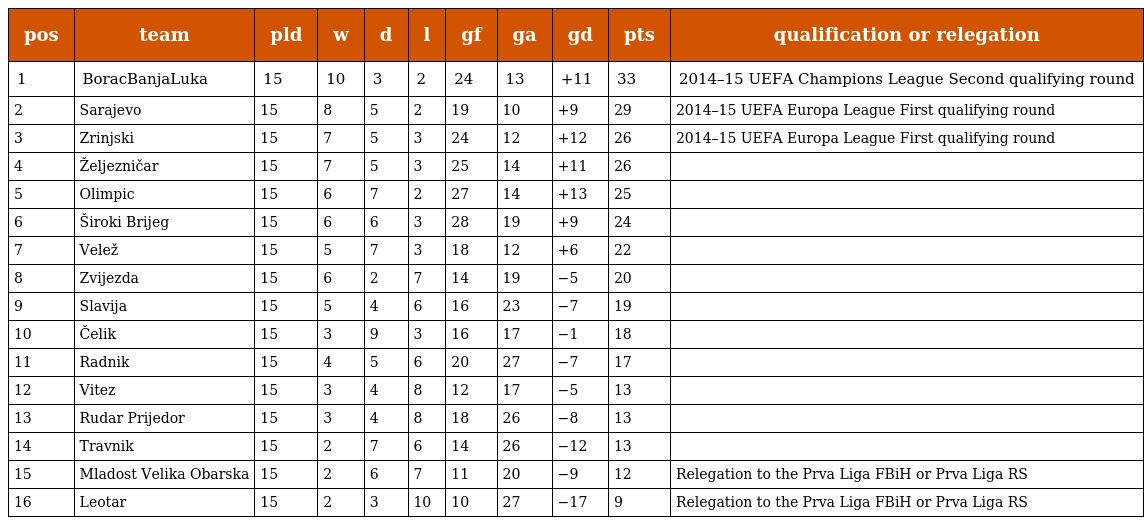
| pos | team | pld | w | d | l | gf | ga | gd | pts | qualification or relegation |
 | --- | --- | --- | --- | --- | --- | --- | --- | --- | --- | --- |
 | 1 | BoracBanjaLuka | 15 | 10 | 3 | 2 | 24 | 13 | +11 | 33 | 2014–15 UEFA Champions League Second qualifying round |
 | 2 | Sarajevo | 15 | 8 | 5 | 2 | 19 | 10 | +9 | 29 | 2014–15 UEFA Europa League First qualifying round |
 | 3 | Zrinjski | 15 | 7 | 5 | 3 | 24 | 12 | +12 | 26 | 2014–15 UEFA Europa League First qualifying round |
 | 4 | Željezničar | 15 | 7 | 5 | 3 | 25 | 14 | +11 | 26 |  |
 | 5 | Olimpic | 15 | 6 | 7 | 2 | 27 | 14 | +13 | 25 |  |
 | 6 | Široki Brijeg | 15 | 6 | 6 | 3 | 28 | 19 | +9 | 24 |  |
 | 7 | Velež | 15 | 5 | 7 | 3 | 18 | 12 | +6 | 22 |  |
 | 8 | Zvijezda | 15 | 6 | 2 | 7 | 14 | 19 | −5 | 20 |  |
 | 9 | Slavija | 15 | 5 | 4 | 6 | 16 | 23 | −7 | 19 |  |
 | 10 | Čelik | 15 | 3 | 9 | 3 | 16 | 17 | −1 | 18 |  |
 | 11 | Radnik | 15 | 4 | 5 | 6 | 20 | 27 | −7 | 17 |  |
 | 12 | Vitez | 15 | 3 | 4 | 8 | 12 | 17 | −5 | 13 |  |
 | 13 | Rudar Prijedor | 15 | 3 | 4 | 8 | 18 | 26 | −8 | 13 |  |
 | 14 | Travnik | 15 | 2 | 7 | 6 | 14 | 26 | −12 | 13 |  |
 | 15 | Mladost Velika Obarska | 15 | 2 | 6 | 7 | 11 | 20 | −9 | 12 | Relegation to the Prva Liga FBiH or Prva Liga RS |
 | 16 | Leotar | 15 | 2 | 3 | 10 | 10 | 27 | −17 | 9 | Relegation to the Prva Liga FBiH or Prva Liga RS |